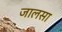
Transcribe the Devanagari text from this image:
जालसा